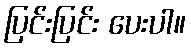
ပြင်းပြင်း ပေးပါ။